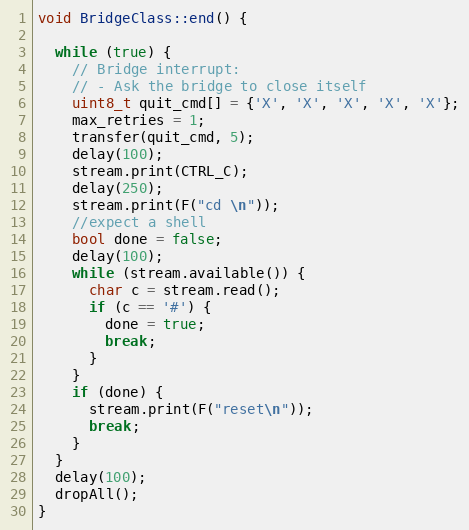
Language: C++
void BridgeClass::end() {

  while (true) {
    // Bridge interrupt:
    // - Ask the bridge to close itself
    uint8_t quit_cmd[] = {'X', 'X', 'X', 'X', 'X'};
    max_retries = 1;
    transfer(quit_cmd, 5);
    delay(100);
    stream.print(CTRL_C);
    delay(250);
    stream.print(F("cd \n"));
    //expect a shell
    bool done = false;
    delay(100);
    while (stream.available()) {
      char c = stream.read();
      if (c == '#') {
        done = true;
        break;
      }
    }
    if (done) {
      stream.print(F("reset\n"));
      break;
    }
  }
  delay(100);
  dropAll();
}